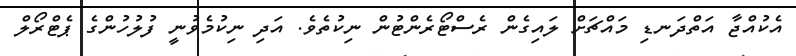
އެކުއްޖާ އަތްދަނޑި މައްޗަށް ލައިގެން ރެސްޓޯރެންޓުން ނިކުތެވެ. އަދި ނިކުމެވުނީ ފުލުހުންގެ ޕެޓްރޯލް